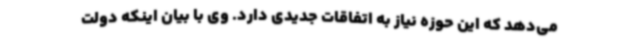
می‌دهد که این حوزه نیاز به اتفاقات جدیدی دارد. وی با بیان اینکه دولت